V__Kingissepa_nim__kolhoos, lk 19
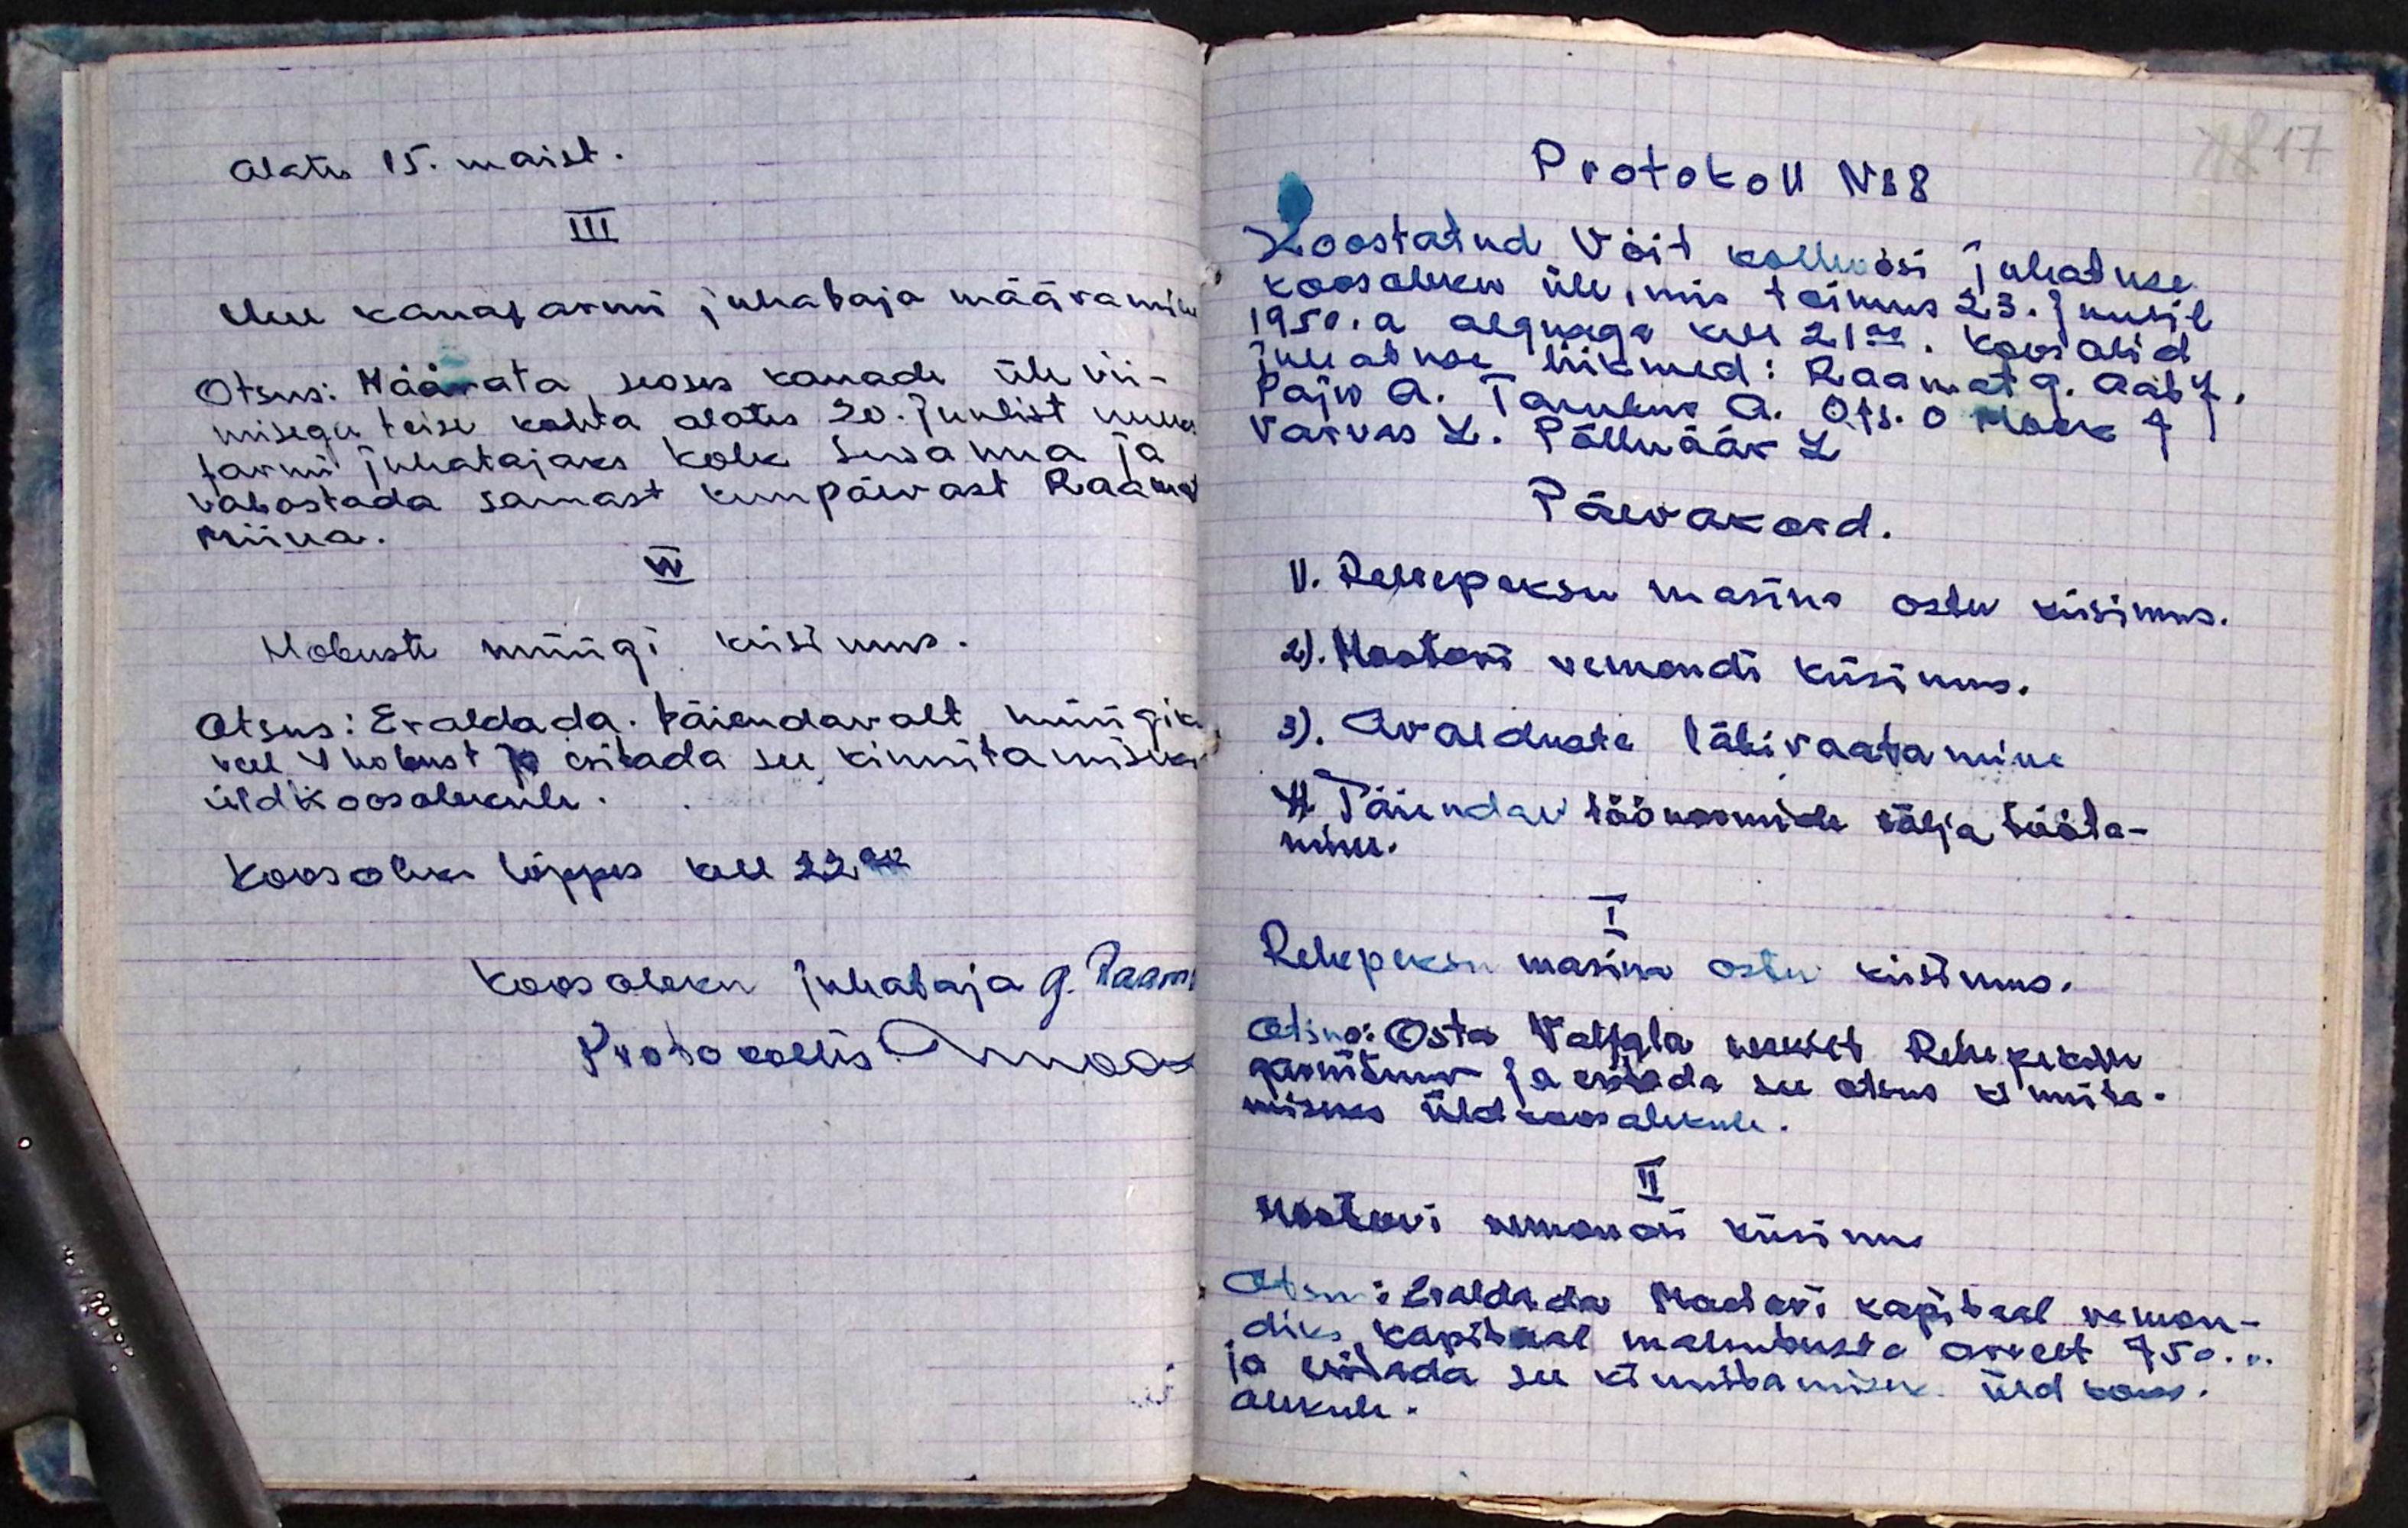
alates 15. maist.
III
Uue kanafarmi juhataja määramine
Otsus: Määrata seoses kanade üle vii-
misega teise kohta alates 20. juulist uueks
farmi juhatajaks Kolk Susanna ja
vabastada samast kuupäevast Raamat
Miina.
IV
Hobuste müügi küsimus.
Otsus: Eraldada täiendavalt müügiks
veel 4 hobust ja esitada see kinnitamiseks.
üldkoosolekule.
Koosolek lõppes all 22.12
Koosoleku juhataja G. Raam.
Protokollis Annaas

Protokoll No 8
Koostatud Võit kolhoosi juhatuse
koosoleku üle, mis toimus 23. juulil
1950.a algusega kell 21.00. Koos olid
juhatuse liikmed: Raamat G. Aab J.
Paju A. Tambur A. Ots. O Mook J
Varvas L. Põlluäär L.
Päevakord.
1). Rehepeksu masina ostu küsimus.
2). Mootori remondi küsimus.
3). Avalduste läbivaatamine
4. Täiendav töönormide välja tööta-
mine.
I
Rehepeksu masina ostu küsimus.
Otsus: Osta Valjala wakst Rehepeksu
garnituur ja esitada see otsus kinnita-
miseks üldkoosolekule.
II
Mootori remondi küsimus
Otsus: Eraldada Mootori kapitaal remon-
diks kapitaal mahutuste arvelt 750. r.
ja esitada see kinnitamiseks üld koos-
olekule.